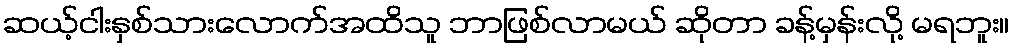
ဆယ့်ငါးနှစ်သားလောက်အထိသူ ဘာဖြစ်လာမယ် ဆိုတာ ခန့်မှန်းလို့ မရဘူး။